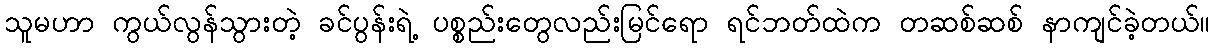
သူမဟာ ကွယ်လွန်သွားတဲ့ ခင်ပွန်းရဲ့ ပစ္စည်းတွေလည်းမြင်ရော ရင်ဘတ်ထဲက တဆစ်ဆစ် နာကျင်ခဲ့တယ်။